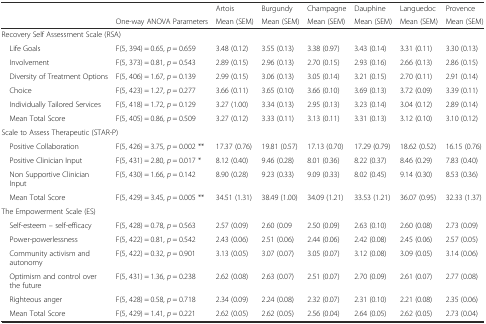
<table><thead><tr><td></td><td></td><td><b>Artois</b></td><td><b>Burgundy</b></td><td><b>Champagne</b></td><td><b>Dauphine</b></td><td><b>Languedoc</b></td><td><b>Provence</b></td></tr><tr><td></td><td><b>One-way ANOVA Parameters</b></td><td><b>Mean (SEM)</b></td><td><b>Mean (SEM)</b></td><td><b>Mean (SEM)</b></td><td><b>Mean (SEM)</b></td><td><b>Mean (SEM)</b></td><td><b>Mean (SEM)</b></td></tr></thead><tbody><tr><td colspan="8">Recovery Self Assessment Scale (RSA)</td></tr><tr><td> Life Goals</td><td>F(5, 394) = 0.65, <i>p</i> = 0.659</td><td>3.48 (0.12)</td><td>3.55 (0.13)</td><td>3.38 (0.97)</td><td>3.43 (0.14)</td><td>3.31 (0.11)</td><td>3.30 (0.13)</td></tr><tr><td> Involvement</td><td>F(5, 373) = 0.81, <i>p</i> = 0.543</td><td>2.89 (0.15)</td><td>2.96 (0.13)</td><td>2.70 (0.15)</td><td>2.93 (0.16)</td><td>2.66 (0.13)</td><td>2.86 (0.15)</td></tr><tr><td> Diversity of Treatment Options</td><td>F(5, 406) = 1.67, <i>p</i> = 0.139</td><td>2.99 (0.15)</td><td>3.06 (0.13)</td><td>3.05 (0.14)</td><td>3.21 (0.15)</td><td>2.70 (0.11)</td><td>2.91 (0.14)</td></tr><tr><td> Choice</td><td>F(5, 423) = 1.27, <i>p</i> = 0.277</td><td>3.66 (0.11)</td><td>3.65 (0.10)</td><td>3.66 (0.10)</td><td>3.69 (0.13)</td><td>3.72 (0.09)</td><td>3.39 (0.11)</td></tr><tr><td> Individually Tailored Services</td><td>F(5, 418) = 1.72, <i>p</i> = 0.129</td><td>3.27 (1.00)</td><td>3.34 (0.13)</td><td>2.95 (0.13)</td><td>3.23 (0.14)</td><td>3.04 (0.12)</td><td>2.89 (0.14)</td></tr><tr><td> Mean Total Score</td><td>F(5, 405) = 0.86, <i>p</i> = 0.509</td><td>3.27 (0.12)</td><td>3.33 (0.11)</td><td>3.13 (0.11)</td><td>3.31 (0.13)</td><td>3.12 (0.10)</td><td>3.10 (0.12)</td></tr><tr><td colspan="8">Scale to Assess Therapeutic (STAR-P)</td></tr><tr><td> Positive Collaboration</td><td>F(5, 426) = 3.75, <i>p</i> = 0.002 **</td><td>17.37 (0.76)</td><td>19.81 (0.57)</td><td>17.13 (0.70)</td><td>17.29 (0.79)</td><td>18.62 (0.52)</td><td>16.15 (0.76)</td></tr><tr><td> Positive Clinician Input</td><td>F(5, 431) = 2.80, <i>p</i> = 0.017 *</td><td>8.12 (0.40)</td><td>9.46 (0.28)</td><td>8.01 (0.36)</td><td>8.22 (0.37)</td><td>8.46 (0.29)</td><td>7.83 (0.40)</td></tr><tr><td> Non Supportive Clinician Input</td><td>F(5, 430) = 1.66, <i>p</i> = 0.142</td><td>8.90 (0.28)</td><td>9.23 (0.33)</td><td>9.09 (0.33)</td><td>8.02 (0.45)</td><td>9.14 (0.30)</td><td>8.53 (0.36)</td></tr><tr><td> Mean Total Score</td><td>F(5, 429) = 3.45, <i>p</i> = 0.005 **</td><td>34.51 (1.31)</td><td>38.49 (1.00)</td><td>34.09 (1.21)</td><td>33.53 (1.21)</td><td>36.07 (0.95)</td><td>32.33 (1.37)</td></tr><tr><td colspan="8">The Empowerment Scale (ES)</td></tr><tr><td> Self-esteem – self-efficacy</td><td>F(5, 428) = 0.78, <i>p</i> = 0.563</td><td>2.57 (0.09)</td><td>2.60 (0.09</td><td>2.50 (0.09)</td><td>2.63 (0.10)</td><td>2.60 (0.08)</td><td>2.73 (0.09)</td></tr><tr><td> Power-powerlessness</td><td>F(5, 422) = 0.81, <i>p</i> = 0.542</td><td>2.43 (0.06)</td><td>2.51 (0.06)</td><td>2.44 (0.06)</td><td>2.42 (0.08)</td><td>2.45 (0.06)</td><td>2.57 (0.05)</td></tr><tr><td> Community activism and autonomy</td><td>F(5, 422) = 0.32, <i>p</i> = 0.901</td><td>3.13 (0.05)</td><td>3.07 (0.07)</td><td>3.05 (0.07)</td><td>3.12 (0.08)</td><td>3.09 (0.05)</td><td>3.14 (0.06)</td></tr><tr><td> Optimism and control over the future</td><td>F(5, 431) = 1.36, <i>p</i> = 0.238</td><td>2.62 (0.08)</td><td>2.63 (0.07)</td><td>2.51 (0.07)</td><td>2.70 (0.09)</td><td>2.61 (0.07)</td><td>2.77 (0.08)</td></tr><tr><td> Righteous anger</td><td>F(5, 428) = 0.58, <i>p</i> = 0.718</td><td>2.34 (0.09)</td><td>2.24 (0.08)</td><td>2.32 (0.07)</td><td>2.31 (0.10)</td><td>2.21 (0.08)</td><td>2.35 (0.06)</td></tr><tr><td> Mean Total Score</td><td>F(5, 429) = 1.41, <i>p</i> = 0.221</td><td>2.62 (0.05)</td><td>2.62 (0.05)</td><td>2.56 (0.04)</td><td>2.64 (0.05)</td><td>2.62 (0.05)</td><td>2.73 (0.04)</td></tr></tbody></table>